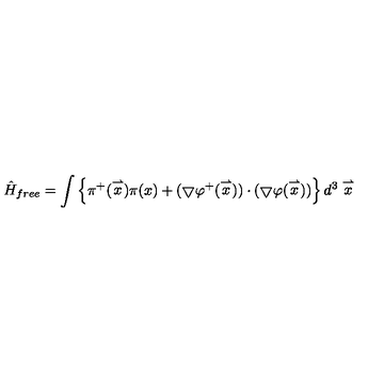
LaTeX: \hat { H } _ { f r e e } = \int \left\{ \pi ^ { + } ( \stackrel { \rightharpoonup } { x } ) \pi ( x ) + ( \bigtriangledown \varphi ^ { + } ( \stackrel { \rightharpoonup } { x } ) ) \cdot ( \bigtriangledown \varphi ( \stackrel { \rightharpoonup } { x } ) ) \right\} d ^ { 3 } \stackrel { \rightharpoonup } { x }